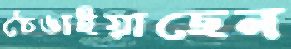
ঠেঙাইয়াছেন